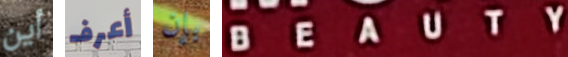
أين أعرف بإن BEAUTY